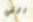
التي